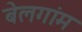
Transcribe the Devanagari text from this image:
बेलगांम